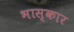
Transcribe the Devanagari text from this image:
भास्कार